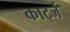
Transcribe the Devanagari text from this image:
कार्ट्ज